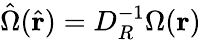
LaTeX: \hat{\Omega}(\hat{{\mathbf r}})=D_{R}^{-1}\Omega({\mathbf r})